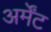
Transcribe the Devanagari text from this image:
अर्मेंट